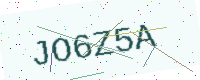
Text: JO6Z5A